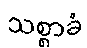
သစ္စာခံ